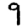
Digit: 9